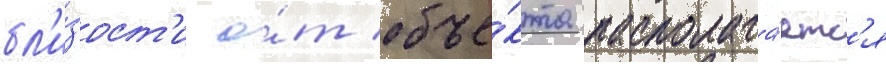
бл'и́зост'и о́т объе́кта располага́етс'я